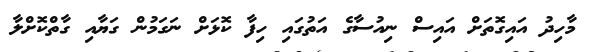
މާހިދު އައިގޮތަށް އައިސް ނިއުސާގެ އަތުގައި ހިފާ ކޮޅަށް ނަގަމުން ގަޔާއި ގާތްކޮށްލާ